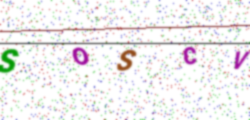
Text: SOSCV